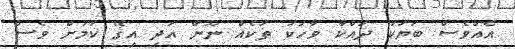
އެއްވެސް ބަޔަކު ދައްކާ ވާހަކަ ތަކެއް ނޫން އަދި އިގޭ ކަމަށް ވެސް